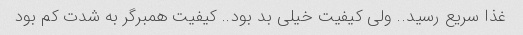
غذا سریع رسید.. ولی کیفیت خیلی بد بود.. کیفیت همبرگر به شدت کم بود